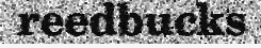
reedbucks